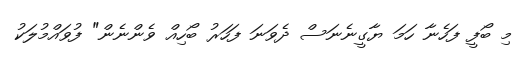
މި ބޯފީ ފަހެނާ ހަމަ ޔާގީނެނަސް ދެވަނަ ފަހަރު ބޯހިއް ވެންނެން" ފުވައްމުލަކު